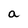
Character: a